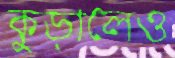
কুড়ালেও